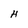
Character: H